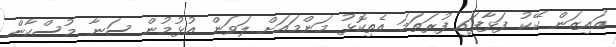
އައިޒަން ކޭކު ފަޅާފައި ފުރަތަމަ އެތިކޮޅު މަންމައަށް ލަވަން އުޅުމުން ސަނާ މުސްކާން